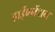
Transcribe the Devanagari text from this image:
हाईबर्नेशन